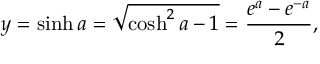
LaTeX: y = \sinh a = { \sqrt { \cosh ^ { 2 } a - 1 } } = { \frac { e ^ { a } - e ^ { - a } } { 2 } } ,